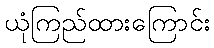
ယုံကြည်ထားကြောင်း